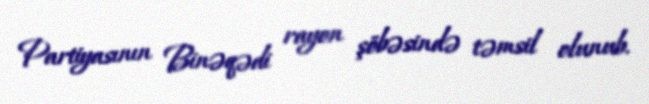
Partiyasının Binəqədi rayon şöbəsində təmsil olunub.